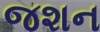
જશન